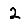
Digit: 2